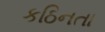
કઠિનતા